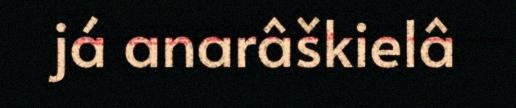
já anarâškielâ